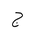
Letter: _gim